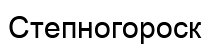
Степногороск